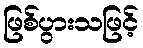
ဖြစ်ပွားသဖြင့်